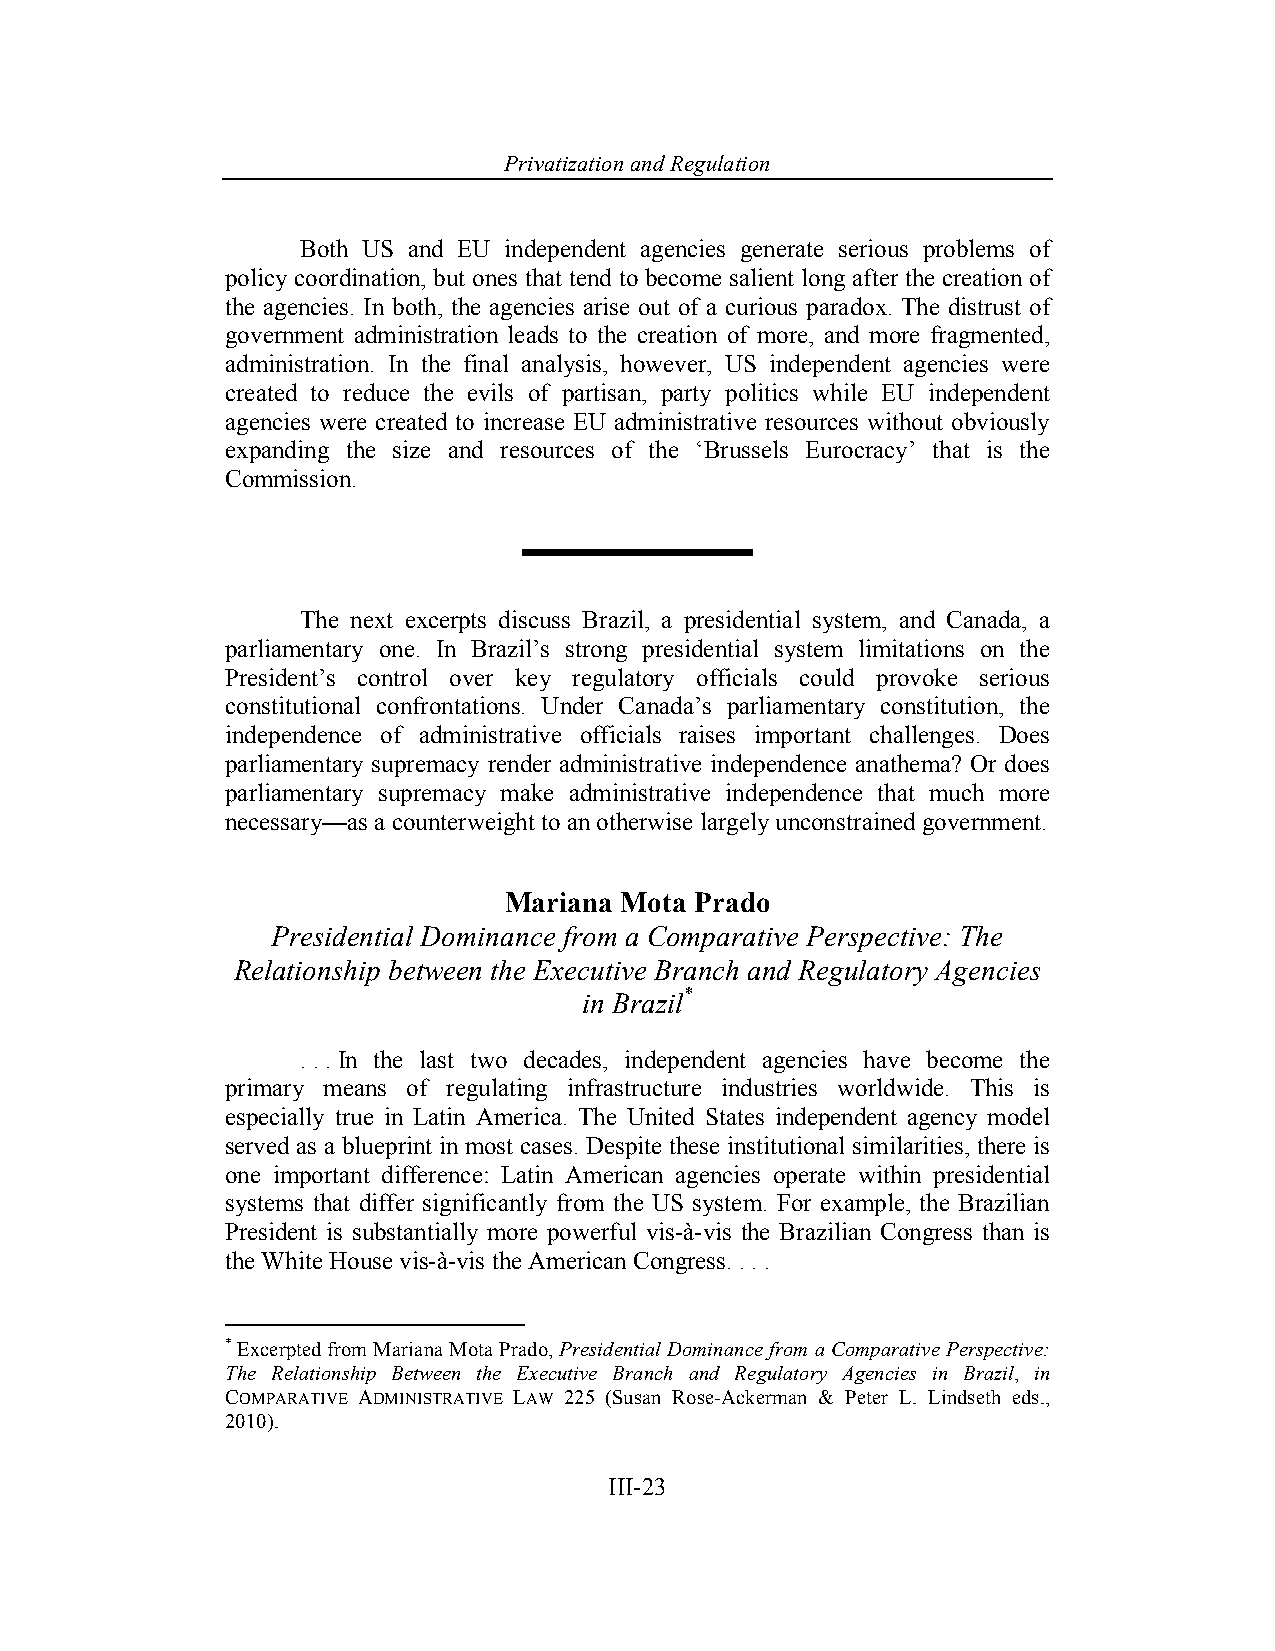
Privatization and Regulation
 Both US and EU independent agencies generate serious problems of
 policy coordination, but ones that tend to become salient long after the creation of
 the agencies. In both, the agencies arise out of a curious paradox. The distrust of
 government administration leads to the creation of more, and more fragmented,
 administration. In the final analysis, however, US independent agencies were
 created to reduce the evils of partisan, party politics while EU independent
 agencies were created to increase EU administrative resources without obviously
 expanding the size and resources of the ‘Brussels Eurocracy’ that is the
 Commission.
 The next excerpts discuss Brazil, a presidential system, and Canada, a
 parliamentary one. In Brazil’s strong presidential system limitations on the
 President’s control over key regulatory officials could provoke serious
 constitutional confrontations. Under Canada’s parliamentary constitution, the
 independence of administrative officials raises important challenges. Does
 parliamentary supremacy render administrative independence anathema? Or does
 parliamentary supremacy make administrative independence that much more
 necessary—as a counterweight to an otherwise largely unconstrained government.
 Mariana Mota Prado
 Presidential Dominance from a Comparative Perspective: The
 Relationship between the Executive Branch and Regulatory Agencies
 in Brazil*
 . . . In the last two decades, independent agencies have become the
 primary means of regulating infrastructure industries worldwide. This is
 especially true in Latin America. The United States independent agency model
 served as a blueprint in most cases. Despite these institutional similarities, there is
 one important difference: Latin American agencies operate within presidential
 systems that differ significantly from the US system. For example, the Brazilian
 President is substantially more powerful vis-à-vis the Brazilian Congress than is
 the White House vis-à-vis the American Congress. . . .
 * Excerpted from Mariana Mota Prado, Presidential Dominance from a Comparative Perspective:
 The Relationship Between the Executive Branch and Regulatory Agencies in Brazil, in
 COMPARATIVE ADMINISTRATIVE LAW 225 (Susan Rose-Ackerman & Peter L. Lindseth eds.,
 2010).
 III-23